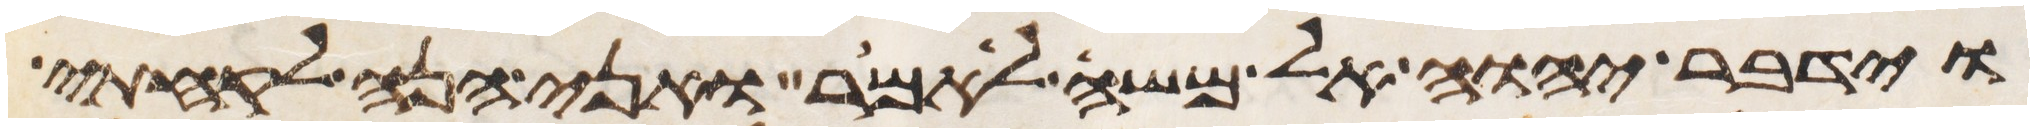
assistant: וידבר יהוה אל משה לאמר ואני הנה לקחתי